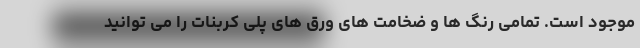
موجود است. تمامی رنگ ها و ضخامت های ورق های پلی کربنات را می توانید